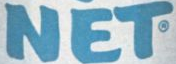
NET